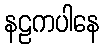
နဠကပါနေ